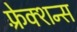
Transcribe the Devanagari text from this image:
फ़्रेक्शन्स